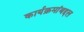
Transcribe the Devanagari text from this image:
कार्यक्रमांबद्दल